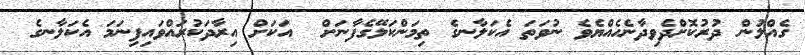
ގެއްލުން ދުރުކޮށްދެވިދާނެހެއްޔެވެ ނުވަތަ އެކަލާނގެ ތިމަންކަލޭގެފާނަށް  އަކަށް އިރާދަކުރައްވައިފިނަމަ އެކަލާނގެ